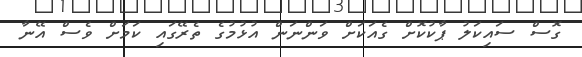
ގޮސް ސައިކަލު ޕާކުކޮށް ގެއަކަށް ވަންނަން އުޅުމުގެ ތެރޭގައި ކަމަށް ވެސް އޭނާ